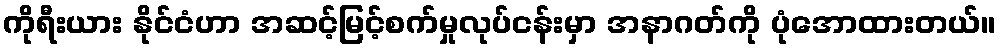
ကိုရီးယား နိုင်ငံဟာ အဆင့်မြင့်စက်မှုလုပ်ငန်းမှာ အနာဂတ်ကို ပုံအောထားတယ်။